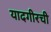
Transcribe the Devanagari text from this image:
यादगीरची